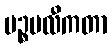
ပဉ္စဗလီကတာ